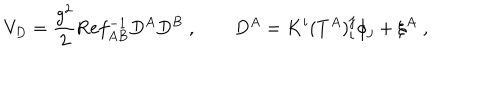
LaTeX: V _ { D } = \frac { g ^ { 2 } } 2 \mathrm { R e } f _ { A B } ^ { - 1 } D ^ { A } D ^ { B } \; , \qquad D ^ { A } = K ^ { i } ( T ^ { A } ) _ { i } ^ { j } \phi _ { j } + \xi ^ { A } \; ,